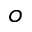
o